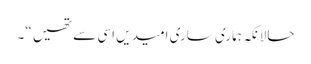
حالانکہ ہماری ساری امیدیں اسی سے تھیں “۔